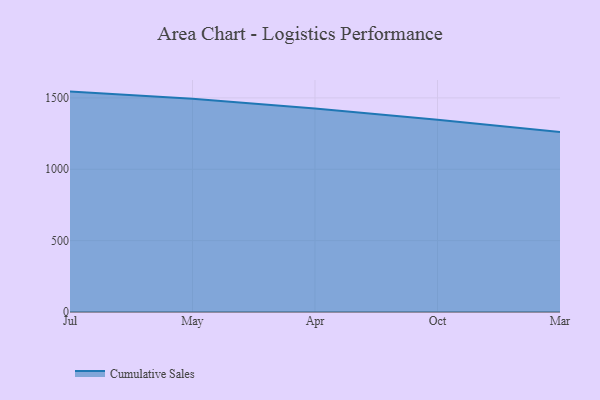
{"axis": {"x": "Month", "y": "Tickets Resolved"}, "legend": ["Cumulative Sales"], "data": [{"x": "Jul", "y": 1544.0, "type": "Cumulative Sales"}, {"x": "May", "y": 1494.0, "type": "Cumulative Sales"}, {"x": "Apr", "y": 1425.7, "type": "Cumulative Sales"}, {"x": "Oct", "y": 1346.5, "type": "Cumulative Sales"}, {"x": "Mar", "y": 1261.1, "type": "Cumulative Sales"}]}